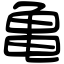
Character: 亀